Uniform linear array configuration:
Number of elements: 12
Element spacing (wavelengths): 0.75
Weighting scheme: hamming
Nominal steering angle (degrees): -30
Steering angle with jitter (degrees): -31.297
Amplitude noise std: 0.05
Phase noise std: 0.05

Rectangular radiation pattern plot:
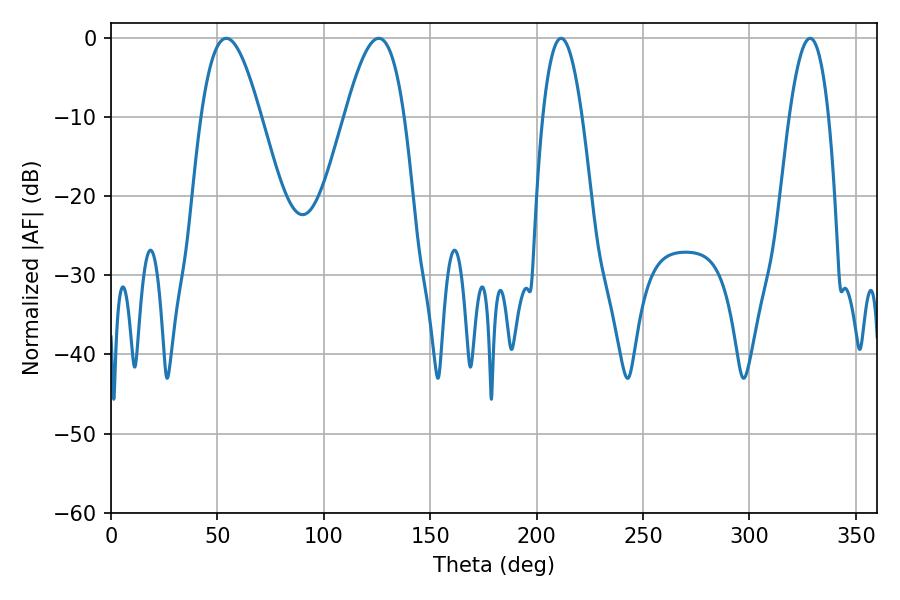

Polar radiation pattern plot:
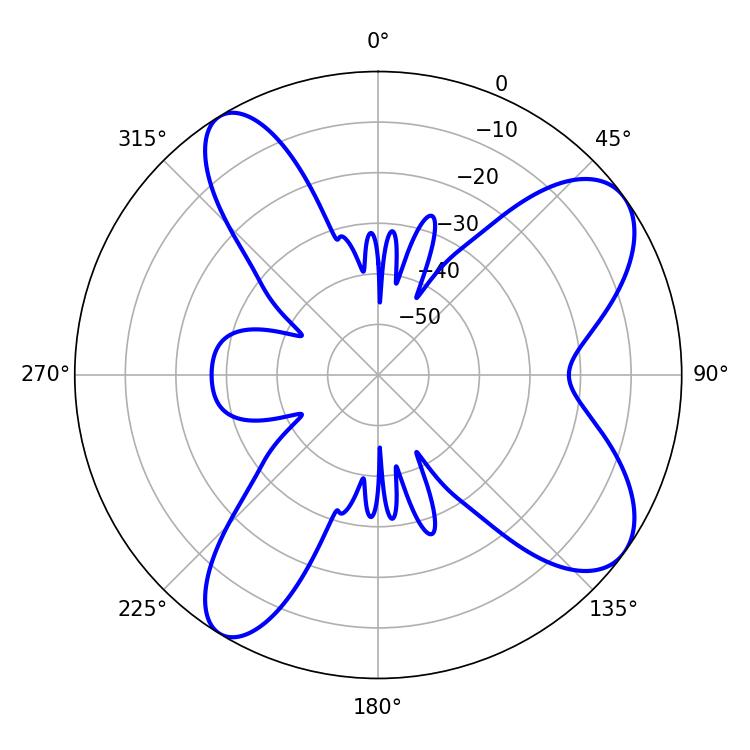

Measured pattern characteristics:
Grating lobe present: TRUE
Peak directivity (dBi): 8.638
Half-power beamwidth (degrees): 10.08
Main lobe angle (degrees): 211.5